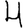
Digit: 4